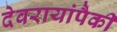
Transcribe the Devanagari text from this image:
देवरायांपैकी